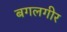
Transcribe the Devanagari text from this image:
बगलगीर